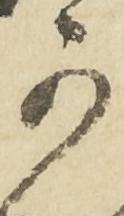
可